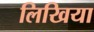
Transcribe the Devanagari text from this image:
लिखिया